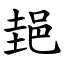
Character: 郌